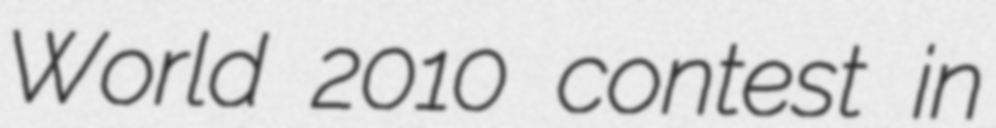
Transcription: World 2010 contest in